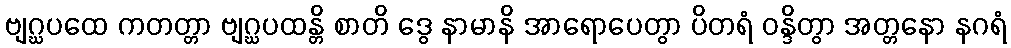
ဗျဂ္ဃပထေ ကတတ္တာ ဗျဂ္ဃပထန္တိ စာတိ ဒွေ နာမာနိ အာရောပေတွာ ပိတရံ ဝန္ဒိတွာ အတ္တနော နဂရံ